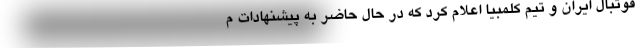
فوتبال ایران و تیم کلمبیا اعلام کرد که در حال حاضر به پیشنهادات م